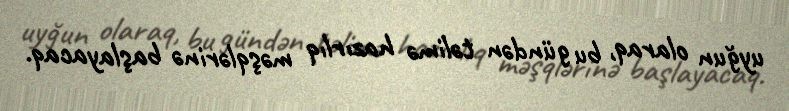
uyğun olaraq, bu gündən təlimə hazırlıq məşqlərinə başlayacaq.